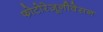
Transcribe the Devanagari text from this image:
फोटोरेज़ूनीवेसन